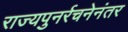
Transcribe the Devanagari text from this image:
राज्यपुनर्रचनेनंतर